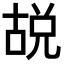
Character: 𪡜